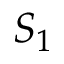
S _ { 1 }